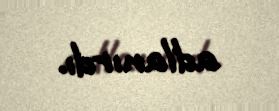
adlanırdı.